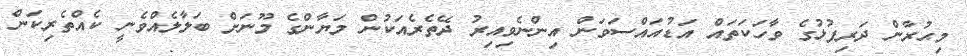
މިޙުރާން ދަރިފުޅުގެ ވާހަކަތައް އަޑުއައްސަވަން އިންނެވިއިރު ދޭތެރެއަކުން މަޔާންގެ މޫނަށް ބަލާލެއްވެނީ ކެއްތެރިކަން